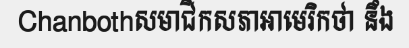
Chanbothសមាជិកសភាអាមេរិកថា នឹង